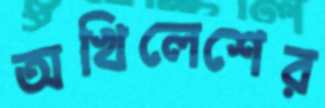
অখিলেশের